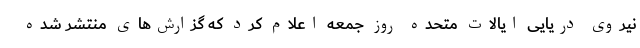
نیروی دریایی ایالات متحده روز جمعه اعلام کرد که گزارش‌های منتشر شده